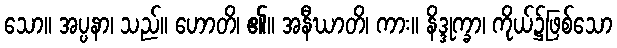
သော။ အပ္ပနာ၊ သည်။ ဟောတိ၊ ၏။ အနီဃာတိ၊ ကား။ နိဒ္ဒုက္ခာ၊ ကိုယ်၌ဖြစ်သော